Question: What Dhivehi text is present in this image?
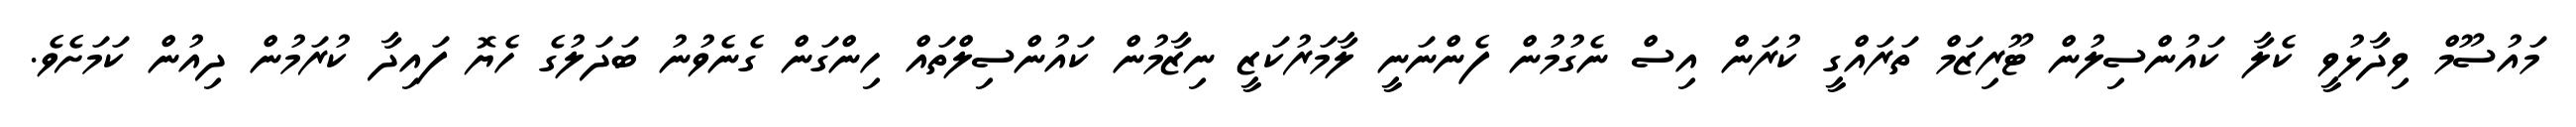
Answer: މައުސޫމް ވިދާޅުވީ ކެލާ ކައުންސިލުން ޓޫރިޒަމް ތަރައްގީ ކުރަން އިސް ނެގުމުން ފެންނަނީ ލާމަރުކަޒީ ނިޒާމުން ކައުންސިލްތައް ހިންގަން ގެނެވުނު ބަދަލުގެ ހެޔޮ ފައިދާ ކުރަމުން ދިއުން ކަމަށެވެ.